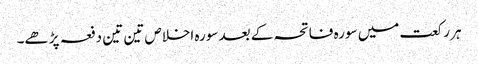
ہر رکعت میں سورہ فاتحہ کے بعد سورہ اخلاص تین تین دفعہ پڑھے۔